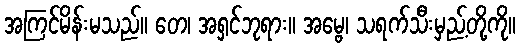
အကြင်မိန်းမသည်။ တေ၊ အရှင်ဘုရား။ အမ္ဗေ၊ သရက်သီးမှည့်တို့ကို။